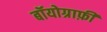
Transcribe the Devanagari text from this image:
बॉयोग्राफ़ी